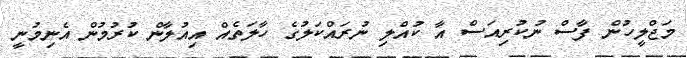
މަޖްލީހުން ފާސް ނުކުރިއަސް އާ ކުއްލި ނުރައްކަލުގެ ހާލަތެއް އިއުލާން ކުރުމުން އެނިމުނީ